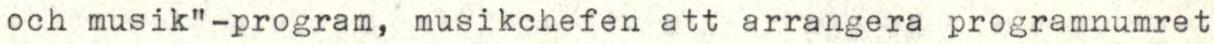
och musik"-program, musikchefen att arrangera programnumret